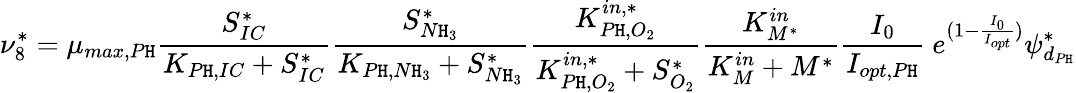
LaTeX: \nu_{8}^{*}=\mu_{max,P\mathtt{H}}\frac{{S_{IC}^{*}}}{{K_{P\mathtt{H},IC}+S_{IC}^{*}}}\frac{{S_{N\mathtt{H}_{3}}^{*}}}{{K_{P\mathtt{H},N\mathtt{H}_{3}}+S_{N\mathtt{H}_{3}}^{*}}}\frac{{K_{P\mathtt{H},O_{2}}^{in,*}}}{{K_{P\mathtt{H},O_{2}}^{in,*}+S_{O_{2}}^{*}}}\frac{{K_{M^{*}}^{in}}}{{K_{M}^{in}+M^{*}}}\frac{{I_{0}}}{{I_{opt,P\mathtt{H}}}}\ e^{(1-\frac{{I_{0}}}{{I_{opt}}})}\psi_{d_{P\mathtt{H}}}^{*}